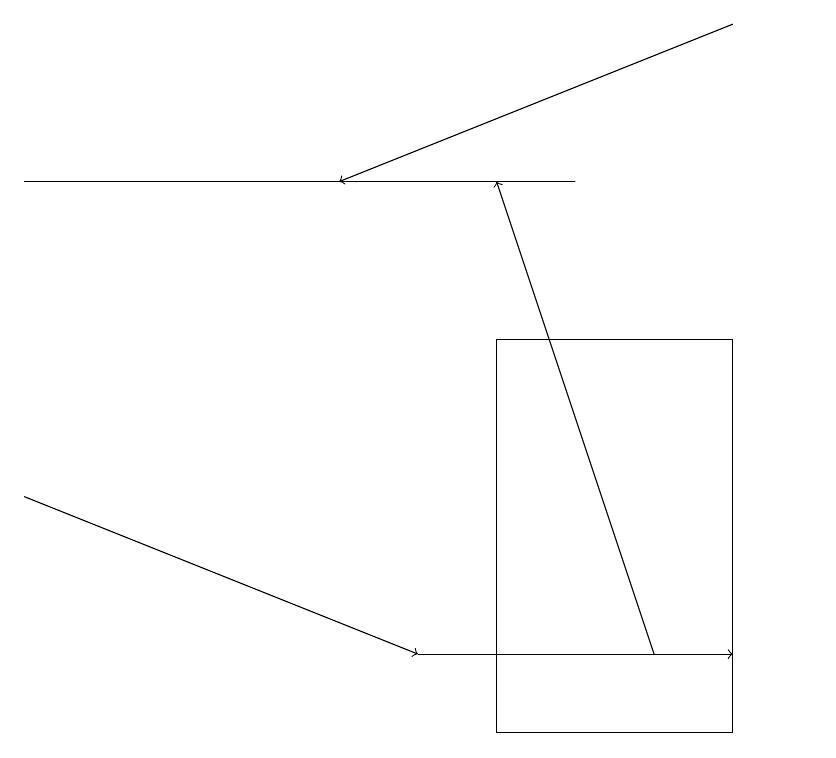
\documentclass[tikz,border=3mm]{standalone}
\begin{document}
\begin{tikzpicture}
\draw[->] (5,11) -- (9,11);
\draw[->] (0,13) -- (5,11);
\draw[->] (9,19) -- (4,17);
\draw (0,17) rectangle (7,17);
\draw[->] (8,11) -- (6,17);
\draw (6,15) rectangle (9,10);
\draw (10,10) circle (0);
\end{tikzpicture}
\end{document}